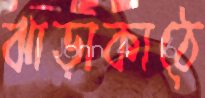
ঝাড়াকাঠে